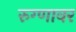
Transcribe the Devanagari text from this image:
रुग्णावर